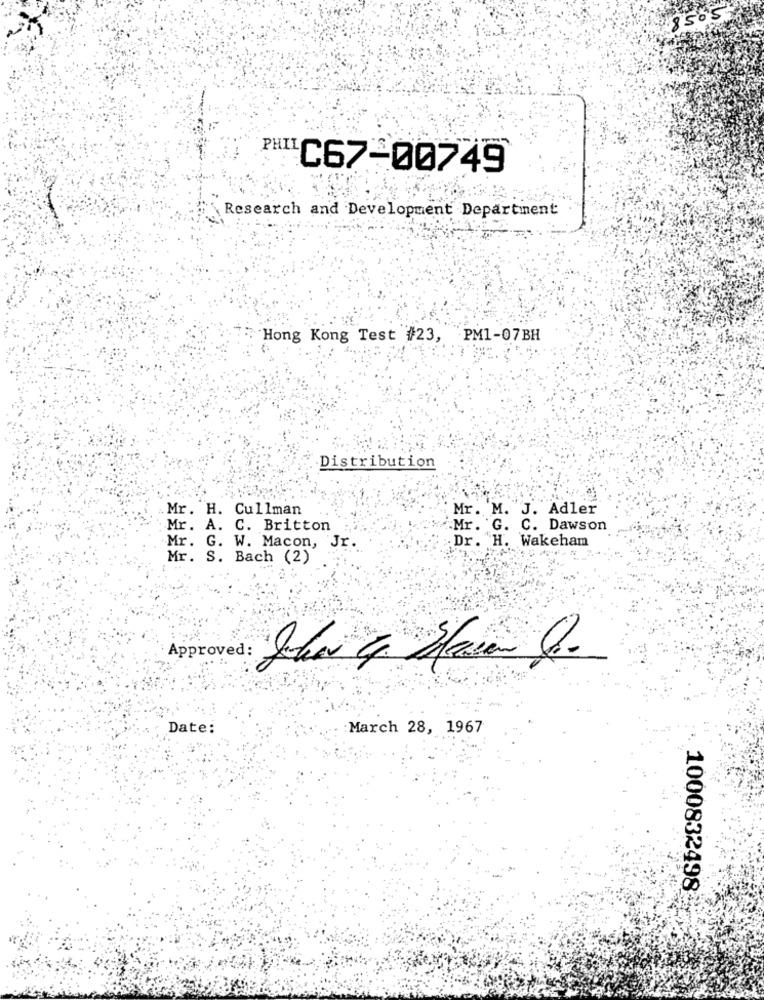
8505
PHI
C67-00749
Research and Development Department
Hong Kong Test #23, PM1-07BH
Distribution
Mr. H. Cullman
Mr. M. J. Adler
Mr. A. C. Britton
Mr. G. C. Dawson
Dr. H. Wakeham
Mr. G. W. Macon, Jr.
Mr. S. Bach (2)
Approved: She & Sparen l.
Date:
March 28, 1967
1000832498